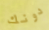
دونك